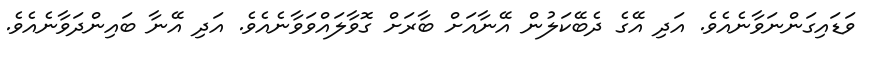
ވަޑައިގަންނަވާނެއެވެ. އަދި އޭގެ ދެބޭކަލުން އޭނާއަށް ބާރަށް ގޮވާލައްވަވާނެއެވެ. އަދި އޭނާ ބައިންދަވާނެއެވެ.